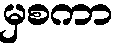
မှစကာ